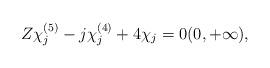
LaTeX: \begin{align*}Z \chi_j^{(5)} - j \chi_j^{(4)}+ 4 \chi_j=0(0, +\infty),\end{align*}